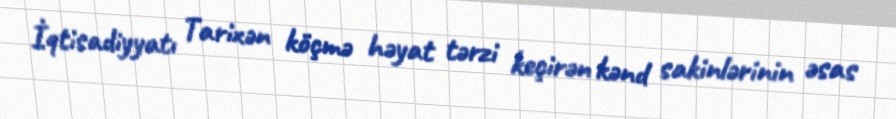
İqtisadiyyatı Tarixən köçmə həyat tərzi keçirən kənd sakinlərinin əsas